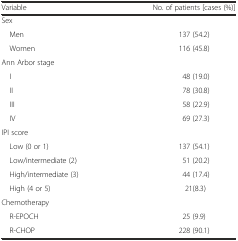
| Variable | No. of patients [cases (%)] |
 | --- | --- |
 | Sex |  |
 | Men | 137 (54.2) |
 | Women | 116 (45.8) |
 | Ann Arbor stage |  |
 | I | 48 (19.0) |
 | II | 78 (30.8) |
 | III | 58 (22.9) |
 | IV | 69 (27.3) |
 | IPI score |  |
 | Low (0 or 1) | 137 (54.1) |
 | Low/intermediate (2) | 51 (20.2) |
 | High/intermediate (3) | 44 (17.4) |
 | High (4 or 5) | 21(8.3) |
 | Chemotherapy |  |
 | R-EPOCH | 25 (9.9) |
 | R-CHOP | 228 (90.1) |